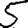
Digit: 5